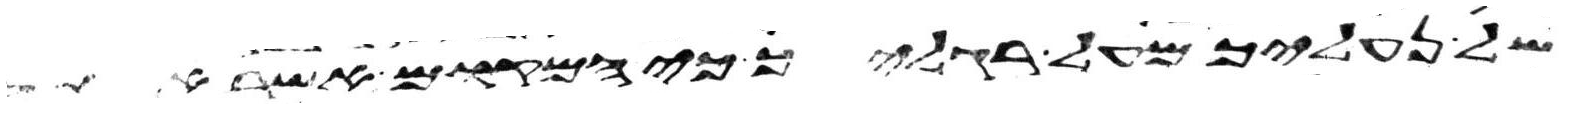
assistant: של נעליך מעל רגליך כי המקום אשר אתה